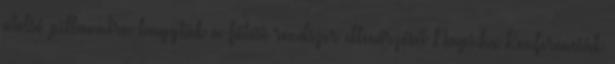
utolsó pillanatra hagyták a fűtési rendszer ellenőrzését Napi.hu Konferenciák